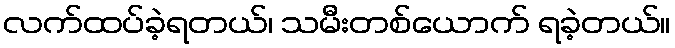
လက်ထပ်ခဲ့ရတယ်၊ သမီးတစ်ယောက် ရခဲ့တယ်။